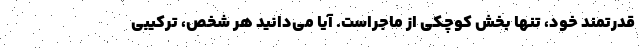
قدرتمند خود، تنها بخش کوچکی از ماجراست. آیا می‌دانید هر شخص، ترکیبی